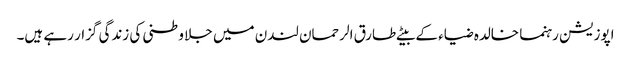
اپوزیشن رہنما خالدہ ضیاء کے بیٹے طارق الرحمان لندن میں جلا وطنی کی زندگی گزار رہے ہیں۔